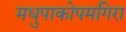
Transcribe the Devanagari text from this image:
मधुपाकोपमगिरा